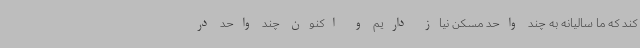
کند که ما سالیانه به چند واحد مسکن نیاز داریم و اکنون چند واحد در